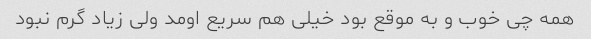
همه چی خوب و به موقع بود خیلی هم سریع اومد ولی زیاد گرم نبود